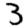
Digit: 3